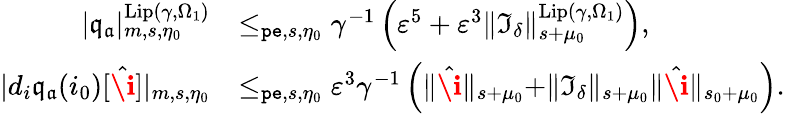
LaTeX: \begin{array}{rl}{|\mathfrak{q}_{\mathfrak{a}}|_{m,s,\eta_{0}}^{\mathrm{Lip}(\gamma,\Omega_{1})}}&{\le_{\mathtt{pe},s,\eta_{0}}\gamma^{-1}\left(\varepsilon^{5}+\varepsilon^{3}\rVert\mathfrak{I}_{\delta}\rVert_{s+\mu_{0}}^{\mathrm{Lip}(\gamma,\Omega_{1})}\right),}\\ {|d_{i}\mathfrak{q}_{\mathfrak{a}}(i_{0})[\hat{\textbf{\i}}]|_{m,s,\eta_{0}}}&{\le_{\mathtt{pe},s,\eta_{0}}\varepsilon^{3}\gamma^{-1}\left(\rVert\hat{\textbf{\i}}\rVert_{s+\mu_{0}}+\rVert\mathfrak{I}_{\delta}\rVert_{s+\mu_{0}}\rVert\hat{\textbf{\i}}\rVert_{s_{0}+\mu_{0}}\right).}\end{array}